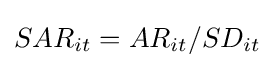
SAR_{it}=AR_{it}/SD_{it}